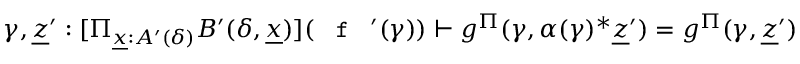
\gamma , \underline { { z } } ^ { \prime } : [ \Pi _ { \underline { { x } } : A ^ { \prime } ( \delta ) } B ^ { \prime } ( \delta , \underline { { x } } ) ] ( \textnormal { \texttt { f } } ^ { \prime } ( \gamma ) ) \vdash g ^ { \Pi } ( \gamma , \alpha ( \gamma ) ^ { * } \underline { { z } } ^ { \prime } ) = g ^ { \Pi } ( \gamma , \underline { { z } } ^ { \prime } )